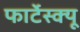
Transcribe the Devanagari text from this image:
फार्टेस्क्यू